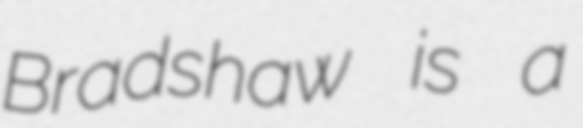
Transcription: Bradshaw is a